Civil Veterinary Department. United Provinces 1923-31 - 1923-1931
Year: 1923
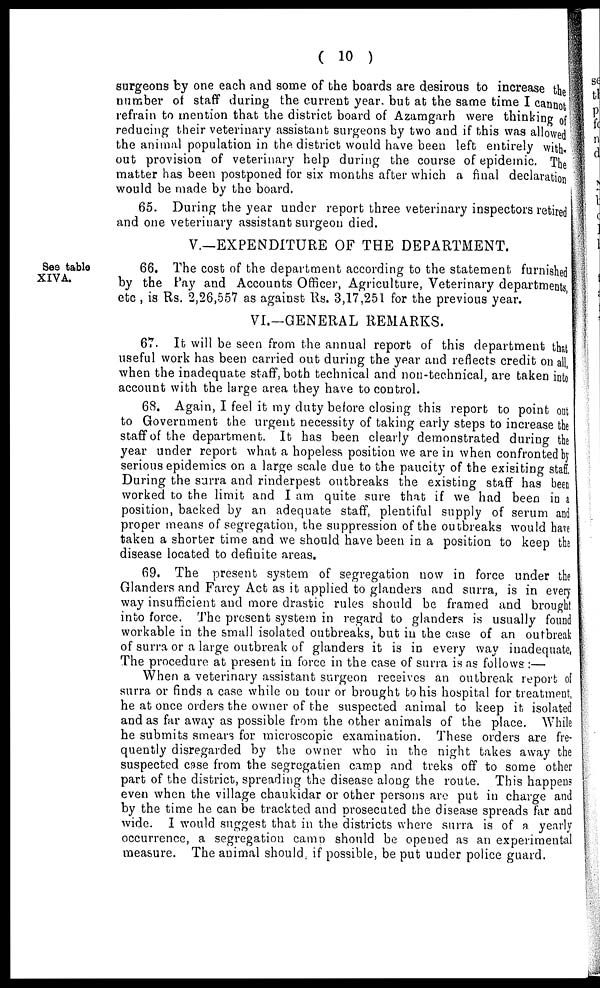
( 10 )
surgeons by one each and some of the boards are desirous to increase the
number of staff during the current year, but at the same time I cannot
refrain to mention that the district board of Azamgarh were thinking of
reducing their veterinary assistant surgeons by two and if this was allowed
the animal population in the district would have been left entirely with-
out provision of veterinary help during the course of epidemic. The
matter has been postponed for six months after which a final declaration
would be made by the board.
65. During the year under report three veterinary inspectors retired
and one veterinary assistant surgeon died.
V.—EXPENDITURE OF THE DEPARTMENT.
See table
XIVA.
66. The cost of the department according to the statement furnished
by the Pay and Accounts Officer, Agriculture, Veterinary departments,
etc , is Rs. 2,26,557 as against Rs. 3,17,251 for the previous year.
VI.—GENERAL REMARKS.
67. It will be seen from the annual report of this department that
useful work has been carried out during the year and reflects credit on all,
when the inadequate staff, both technical and non-technical, are taken into
account with the large area they have to control.
68. Again, I feel it my duty before closing this report to point out
to Government the urgent necessity of taking early steps to increase the
staff of the department. It has been clearly demonstrated during the
year under report what a hopeless position we are in when confronted by
serious epidemics on a large scale due to the paucity of the exisiting staff.
During the surra and rinderpest outbreaks the existing staff has been
worked to the limit and I am quite sure that if we had been in a
position, backed by an adequate staff, plentiful supply of serum and
proper means of segregation, the suppression of the outbreaks would have
taken a shorter time and we should have been in a position to keep the
disease located to definite areas.
69. The present system of segregation now in force under the
Glanders and Farcy Act as it applied to glanders and surra, is in every
way insufficient and more drastic rules should be framed and brought
into force. The present system in regard to glanders is usually found
workable in the small isolated outbreaks, but in the case of an outbreak
of surra or a large outbreak of glanders it is in every way inadequate,
The procedure at present in force in the case of surra is as follows :—
When a veterinary assistant surgeon receives an outbreak report of
surra or finds a case while on tour or brought to his hospital for treatment,
he at once orders the owner of the suspected animal to keep it isolated
and as far away as possible from the other animals of the place. While
he submits smears for microscopic examination. These orders are fre-
quently disregarded by the owner who in the night takes away the
suspected case from the segregatien camp and treks off to some other
part of the district, spreading the disease along the route. This happens
even when the village chaukidar or other persons are put in charge and
by the time he can be track ted and prosecuted the disease spreads far and
wide. I would suggest that in the districts where surra is of a yearly
occurrence, a segregation camp should be opened as an experimental
measure. The animal should if possible, be put under police guard.